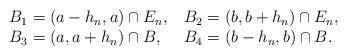
LaTeX: \begin{align*}\begin{tabular}{ll}$B_{1}=\left( a-h_{n},a\right) \cap E_{n},$ & $B_{2}=\left(b,b+h_{n}\right) \cap E_{n},$ \\$B_{3}=\left( a,a+h_{n}\right) \cap B,$ & $B_{4}=\left( b-h_{n},b\right)\cap B.$\end{tabular}\end{align*}